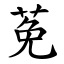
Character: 莬